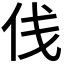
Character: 𠈙